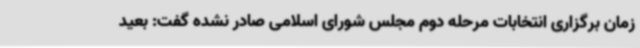
زمان برگزاری انتخابات مرحله دوم مجلس شورای اسلامی صادر نشده گفت: بعید